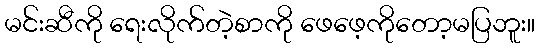
မင်းဆီကို ရေးလိုက်တဲ့စာကို ဖေဖေ့ကိုတော့မပြဘူး။